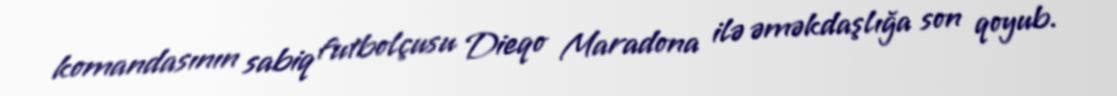
komandasının sabiq futbolçusu Dieqo Maradona ilə əməkdaşlığa son qoyub.